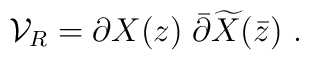
{\cal V}_R = \partial X(z)\; \bar\partial\widetilde{X}(\bar z)~.